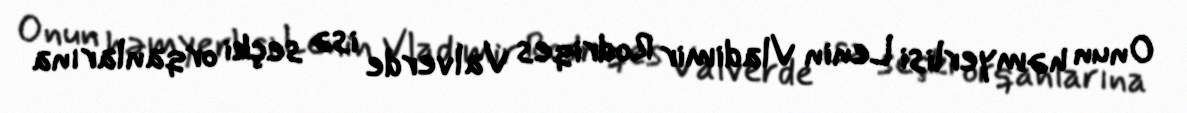
Onun həmyerlisi Lenin Vladimir Rodriqes Valverde isə seçki orqanlarına